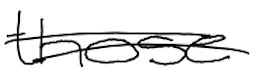
Text: those
Cross-out: mix
Writing tool: digital_black